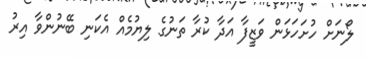
ލޯނަށް ހުށަހަޅަން ވަޒީފާ އަދާ ކުރާ ތަނުގެ ލިޔުމެއް އެކަނި ބޭނުންވާ އިރު